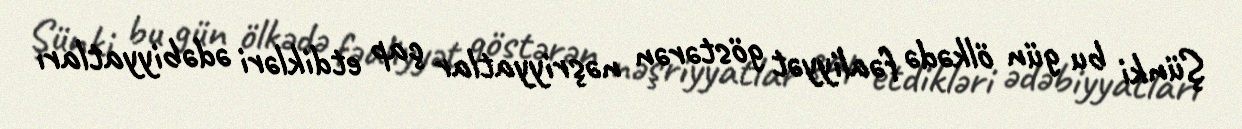
Şünki bu gün ölkədə fəaliyyət göstərən nəşriyyatlar çap etdikləri ədəbiyyatları